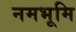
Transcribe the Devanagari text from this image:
नमभूमि